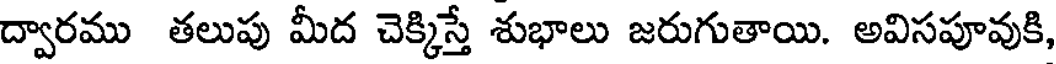
ద్వారము తలుపు మీద చెక్కిస్తే శుభాలు జరుగుతాయి. అవిసపూవుకి,